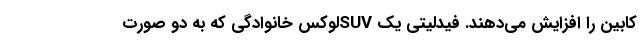
کابین را افزایش می‌دهند. فیدلیتی یک SUVلوکس خانوادگی که به دو صورت